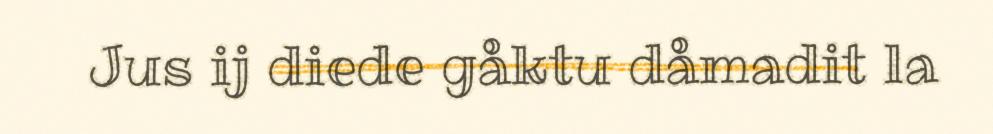
Jus ij diede gåktu dåmadit la